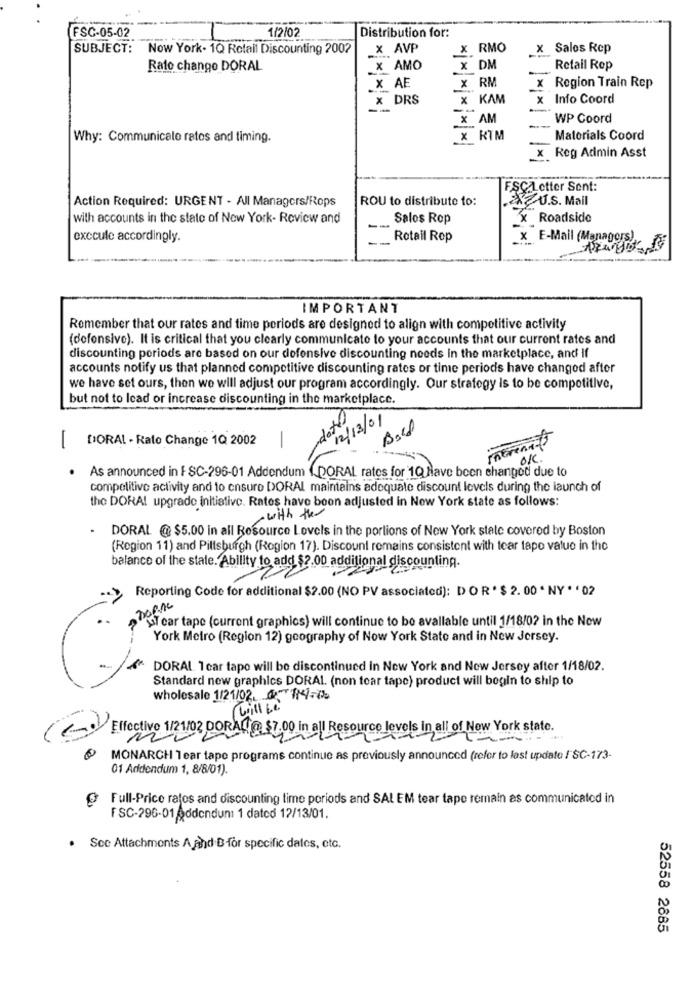
1/2/02
Distribution for:
FSC-05-02
SUBJECT: Now York- 1Q Retail Discounting 2002
x AVP
X RMO
X Sales Rep
Rato chango DORAL
x AMO
x DM
Retail Rep
x RM
X AE
x Region Train Rep
x DRS
x KAM
x Info Coord
--
x AM
WP Coord
Why: Communicate ratos and timing.
X KTM
Materials Coord
_x Reg Admin Asst
FSC Letter Sent:
Action Required: URGENT - All Managers/Rops
ROU to distribute to:
U.S. Mail
with accounts in the state of New York- Review and
Salos Rop
x Roadside
-
exccule accordingly.
Rotail Rep
x E-Mail (Managers)
IMPORTANT
Remember that our rates and time periods are designed to align with competitive activity
(defensive). It is critical that you clearly communicate to your accounts that our current rates and
discounting periods are based on our defensive discounting needs in the marketplace, and If
accounts notify us that planned competitive discounting rates or time periods have changed after
we have set ours, then we will adjust our program accordingly. Our strategy is to be competitive,
but not to lead or increase discounting in the marketplace.
12/13/01
DORAL - Rato Change 1Q 2002
-
in
As announced in F SC-296-01 Addendum ( DORAL rates for 1Q Have been changed due to
competitive activity and to ensure DORAL maintains adequate discount levels during the launch of
the DORA! upgrade initiative. Rates have been adjusted in New York state as follows:
· with the
DORAL @ $5.00 in all Resource Levels in the portions of New York state covered by Boston
(Region 11) and Pittsburgh (Region 17). Discount remains consistent with tear tape value in the
balance of the state. Ability to add $2.00 additional discounting.
Reporting Code for additional $2.00 (NO PV associated): D OR ' $ 2.00 * NY ** 02
ST car tape (current graphics) will continue to be available until 1/18/02 in the New
York Metro (Region 12) geography of Now York State and in New Jersey.
DORAL. 1 car tapo will be discontinued in New York and New Jersey after 1/18/02.
Standard new graphics DORAL. (non tear tape) product will begin to ship to
wholesale 1/21/02. 114-12
Will be
Effective 1/21/02 DORAL@ $7.00 in all Resource levels in all of New York state.
MONARCH Tear tape programs continue as previously announced (refer to last update / SC-173-
01 Addendum 1, 8/8/01).
Full-Price ratos and discounting time periods and SAL EM tear tape remain as communicated in
FSC-296-01 Addendum: 1 dated 12/13/01.
· Sce Attachments A and B for specific dates, etc.
52558 2885